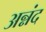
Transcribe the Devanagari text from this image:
अन्नंद